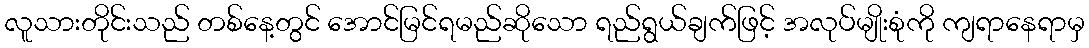
လူသားတိုင်းသည် တစ်နေ့တွင် အောင်မြင်ရမည်ဆိုသော ရည်ရွယ်ချက်ဖြင့် အလုပ်မျိုးစုံကို ကျရာနေရာမှ